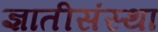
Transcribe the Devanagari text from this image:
ज्ञातीसंस्था